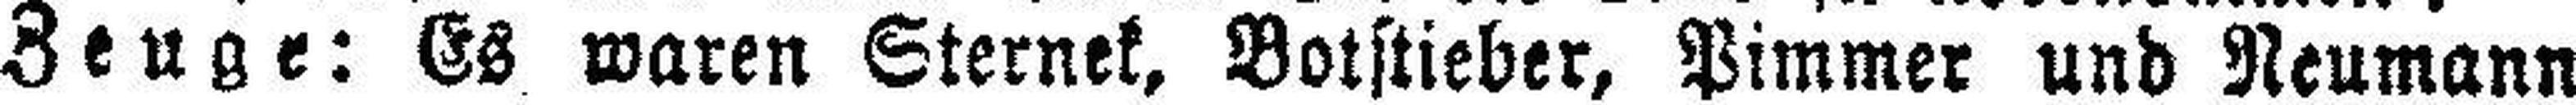
Zeuge: Es waren Sternek, Botstieber, Pimmer und Neumann